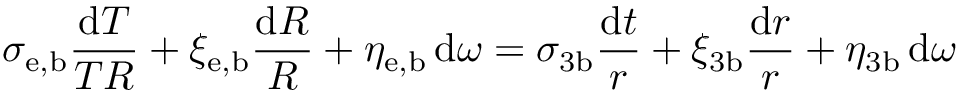
\sigma _ { \mathrm { e , b } } \frac { { \mathrm d } T } { T R } + \xi _ { \mathrm { e , b } } \frac { { \mathrm d } R } { R } + \eta _ { \mathrm { e , b } } \, { \mathrm d } \omega = \sigma _ { 3 \mathrm { b } } \frac { { \mathrm d } t } { r } + \xi _ { 3 \mathrm { b } } \frac { { \mathrm d } r } { r } + \eta _ { 3 \mathrm { b } } \, { \mathrm d } \omega